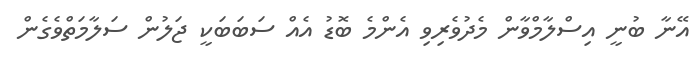
އޭނާ ބުނީ އިސްލާމްވާން މެދުވެރިވި އެންމެ ބޮޑު އެއް ސަބަބަކީ ޖަލުން ސަލާމަތްވެގެން